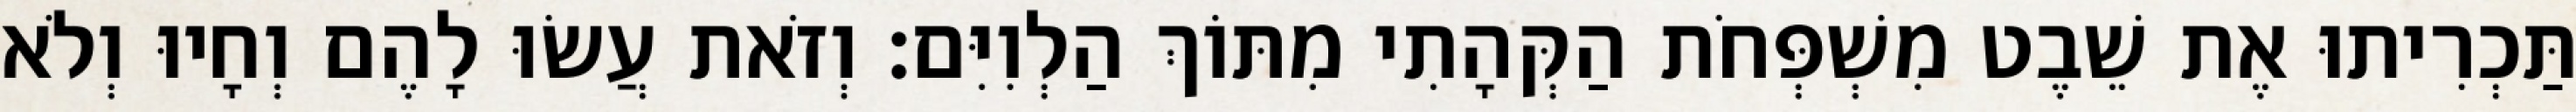
תַּכְרִיתוּ אֶת שֵׁבֶט מִשְׁפְּחֹת הַקְּהָתִי מִתּוֹךְ הַלְוִיִּם׃ וְזֹאת עֲשׂוּ לָהֶם וְחָיוּ וְלֹא